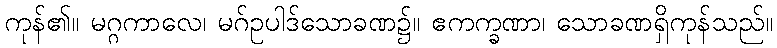
ကုန်၏။ မဂ္ဂကာလေ၊ မဂ်ဥပါဒ်သောခဏ၌။ ဧကက္ခဏာ၊ သောခဏရှိကုန်သည်။